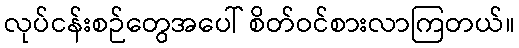
လုပ်ငန်းစဉ်တွေအပေါ် စိတ်ဝင်စားလာကြတယ်။